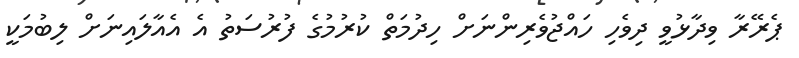
ޕެރޭރާ ވިދާޅުވީ ދިވެހި ހައްޖުވެރިންނަށް ހިދުމަތް ކުރުމުގެ ފުރުސަތު އެ އެއާލައިނަށް ލިބުމަކީ